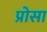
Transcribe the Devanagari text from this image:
प्रोसा